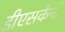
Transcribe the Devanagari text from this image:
डीएसकेंनी